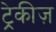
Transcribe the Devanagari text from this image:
ट्रेकीज़